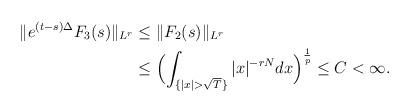
LaTeX: \begin{align*} \| e^{(t-s) \Delta } F_3 (s) \| _{ L^r } & \le \| F_2 (s) \| _{ L^r } \\ & \le \Bigl( \int _{ \{ |x| > \sqrt T \} } |x| ^{ - rN } dx \Bigr)^{\frac {1} {p}} \le C<\infty . \end{align*}